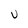
Character: U